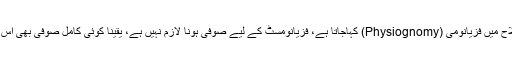
گزارش ہے کہ قیافہ شناسی ایک الگ علمی شعبہ اور نفسانی ملکہ ہے، جسے جدید اصطلاح میں فزیانومی (Physiognomy) کہاجاتا ہے، فزیانومسٹ کے لیے صوفی ہونا لازم نہیں ہے، یقینا کوئی کامل صوفی بھی اس مہارت کا حامل ہو سکتا ہے، غیر صوفی بھی ہوسکتا ہے اور غیر مسلم بھی ہوسکتا ہے۔